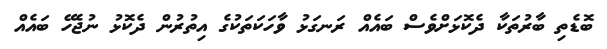
ބޮޑެތި ބާރުތަކާ ދެކޮޅަށްވެސް ބައެއް ރަނގަޅު ވާހަކަތަކުގެ އިތުރުން ދެކޮޅު ނުޖެހޭ ބައެއް